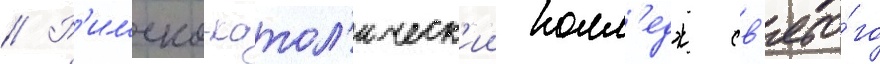
// Р'имско-катол'ическ'ии колл'едж св'ято́го